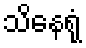
သိနေရုံ